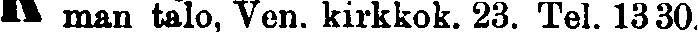
# man talo, Ven. kirkkok. 23. Tel. 1330.